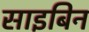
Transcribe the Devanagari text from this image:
साइबिन